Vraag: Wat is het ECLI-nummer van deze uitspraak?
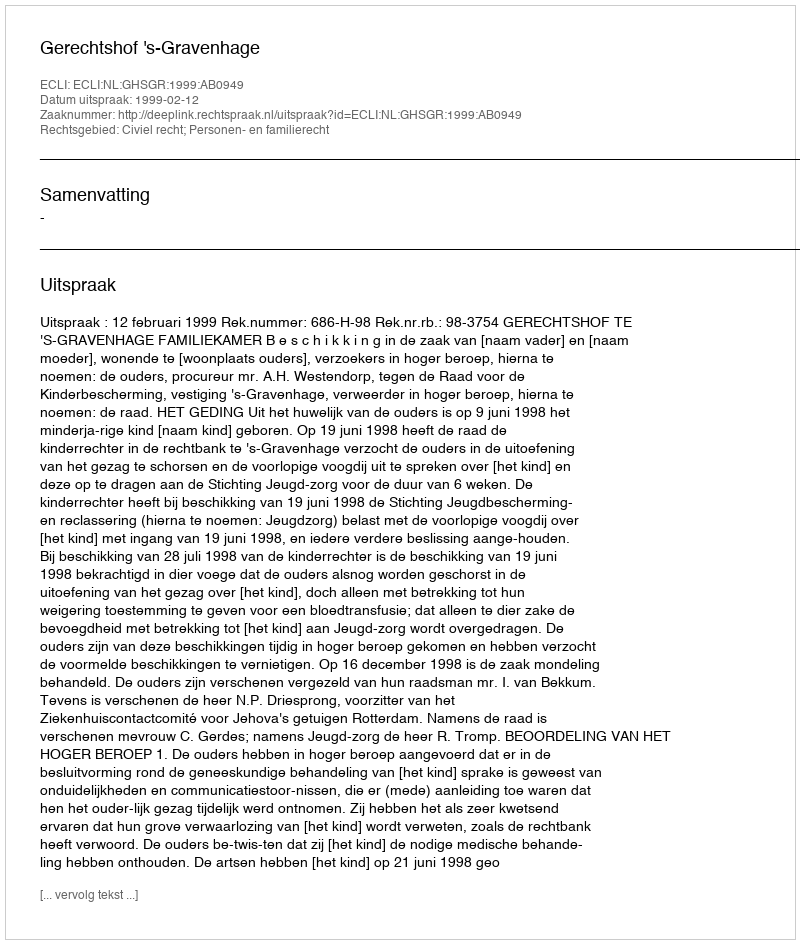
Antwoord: ECLI:NL:GHSGR:1999:AB0949